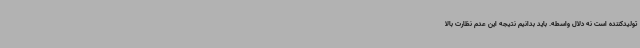
تولیدکننده است نه دلال واسطه. باید بدانیم نتیجه این عدم نظارت بالا